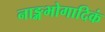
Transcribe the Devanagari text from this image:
नाङ्गभोगादिकं